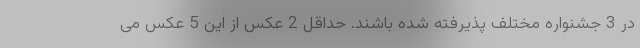
در 3 جشنواره مختلف پذیرفته شده باشند. حداقل 2 عکس از این 5 عکس می